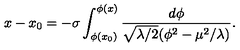
x - x _ { 0 } = - \sigma \int _ { \phi ( x _ { 0 } ) } ^ { \phi ( x ) } \frac { d \phi } { \sqrt { \lambda / 2 } ( \phi ^ { 2 } - \mu ^ { 2 } / \lambda ) } .